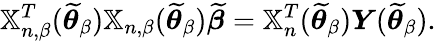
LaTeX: \mathbb{X}_{n,\beta}^{T}(\widetilde{\boldsymbol{\theta}}_{\beta})\mathbb{X}_{n,\beta}(\widetilde{\boldsymbol{\theta}}_{\beta})\widetilde{\boldsymbol{\beta}}=\mathbb{X}_{n}^{T}(\widetilde{\boldsymbol{\theta}}_{\beta})\boldsymbol{Y}(\widetilde{\boldsymbol{\theta}}_{\beta}).